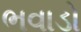
ભવાડો